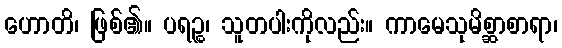
ဟောတိ၊ ဖြစ်၏။ ပရဉ္စ၊ သူတပါးကိုလည်း။ ကာမေသုမိစ္ဆာစာရာ၊